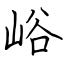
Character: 峪